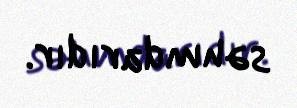
səhmdarıdır.